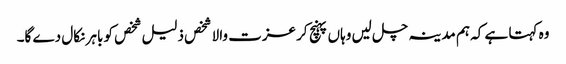
وہ کہتا ہے کہ ہم مدینہ چل لیں وہاں پہنچ کر عزت والا شخص ذلیل شخص کو باہر نکال دے گا۔